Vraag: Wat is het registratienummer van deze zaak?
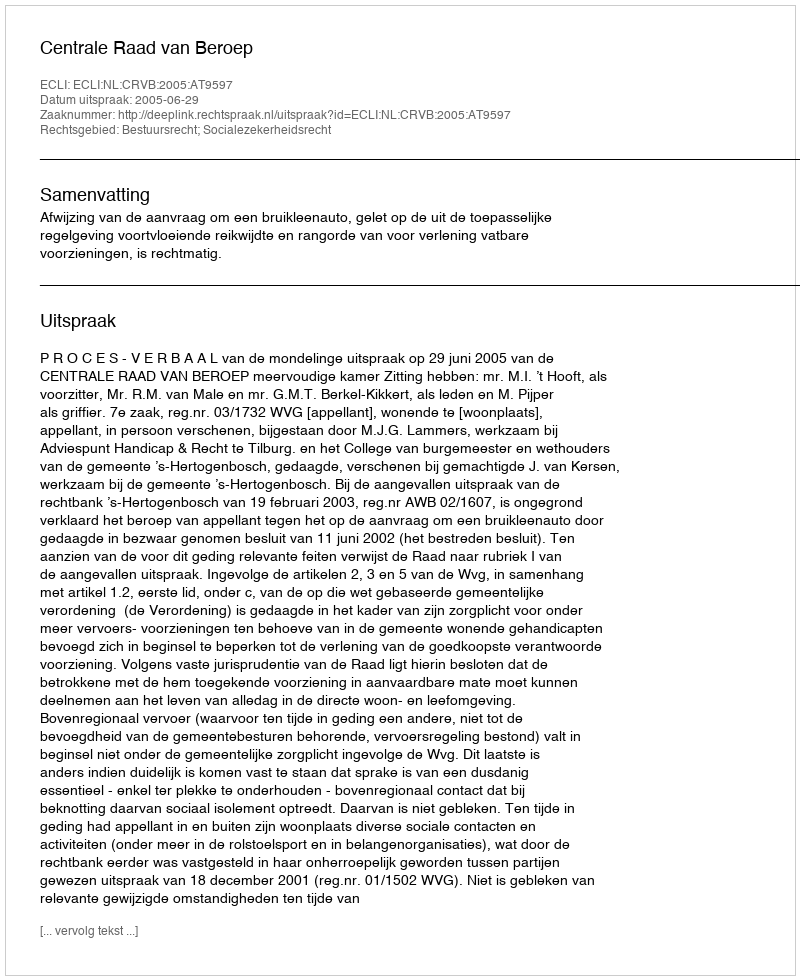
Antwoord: http://deeplink.rechtspraak.nl/uitspraak?id=ECLI:NL:CRVB:2005:AT9597